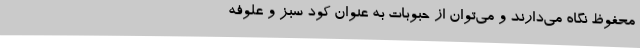
محفوظ نگاه می‌دارند و می‌توان از حبوبات به عنوان کود سبز و علوفه